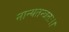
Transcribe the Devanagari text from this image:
नान्यतन्त्रतः।।